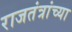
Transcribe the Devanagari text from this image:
राजतंत्रांच्या